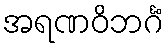
အရဏဝိဘင်္ဂံ